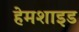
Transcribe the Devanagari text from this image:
हेमशाइड